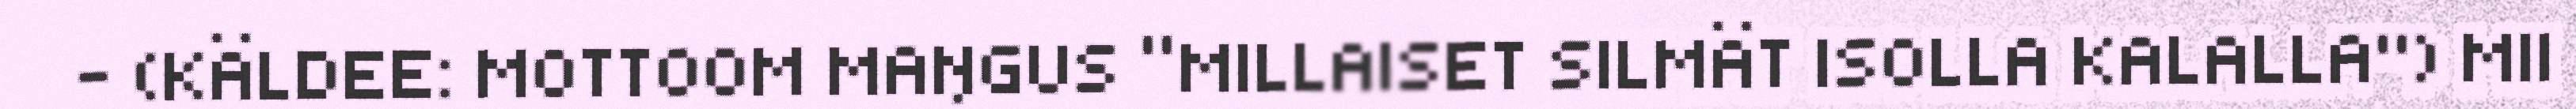
- (KÄLDEE: MOTTOOM MAŊGUS “MILLAISET SILMÄT ISOLLA KALALLA") MII